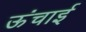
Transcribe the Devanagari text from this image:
ऊंचार्इ